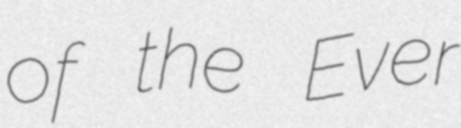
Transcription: of the Ever